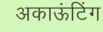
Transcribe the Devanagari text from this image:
अकाऊंटिंग